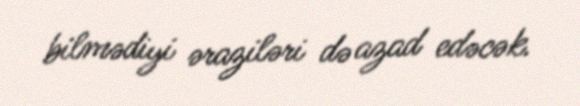
bilmədiyi əraziləri də azad edəcək.